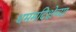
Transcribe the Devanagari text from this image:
धममदिक्षेच्या